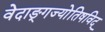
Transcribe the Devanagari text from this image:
वेदाङ्गज्याेतिषविद्